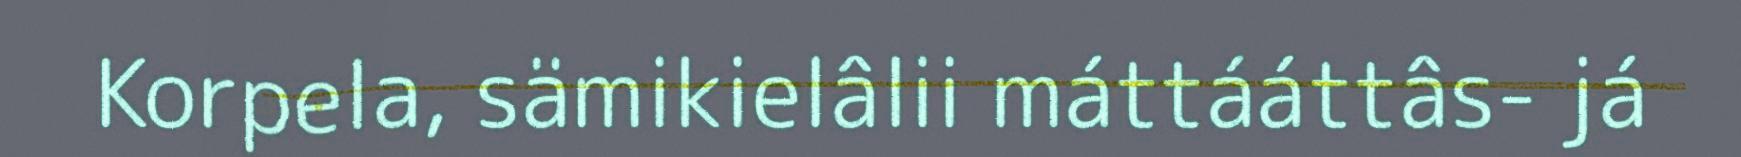
Korpela, sämikielâlii máttááttâs- já